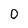
Character: 0